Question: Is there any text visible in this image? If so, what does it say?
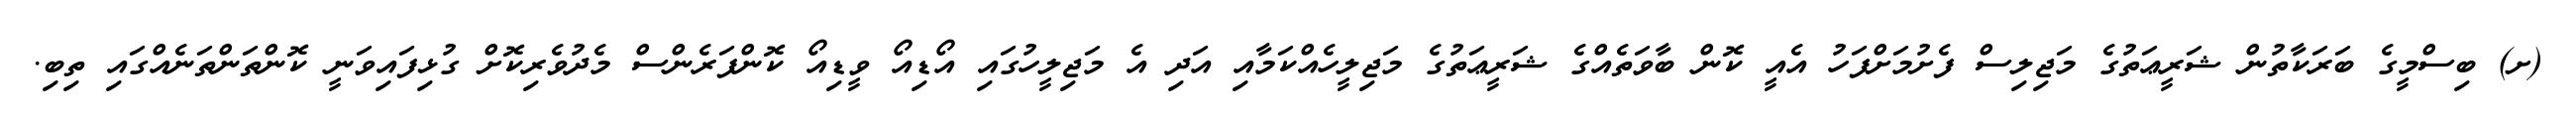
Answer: (ށ) ބިސްމީގެ ބަރަކާތުން ޝަރީޢަތުގެ މަޖިލިސް ފެށުމަށްފަހު އެއީ ކޮން ބާވަތެއްގެ ޝަރީޢަތުގެ މަޖިލީހެއްކަމާއި އަދި އެ މަޖިލީހުގައި އޯޑިއޯ ވީޑިއޯ ކޮންފަރެންސް މެދުވެރިކޮށް ގުޅިފައިވަނީ ކޮންތަންތަނެއްގައި ތިބި.